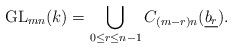
\begin{align*} \mathrm{GL}_{mn}(k)= \bigcup\limits_{0\leq r \leq n-1}C_{(m-r)n}(\underline{b_r}). \end{align*}